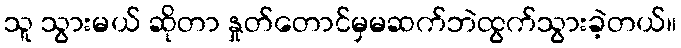
သူ သွားမယ် ဆိုတာ နှုတ်တောင်မှမဆက်ဘဲထွက်သွားခဲ့တယ်။